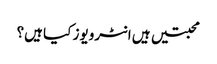
محبتیں ہیں انٹرویوز کیا ہیں؟